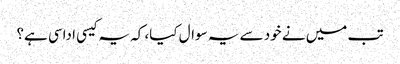
تب میں نے خود سے یہ سوال کیا، کہ یہ کیسی اداسی ہے؟